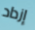
إزداد